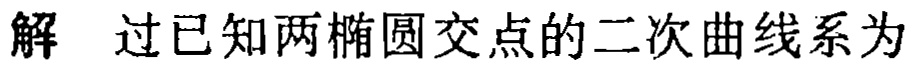
解 过已知两椭圆交点的二次曲线系为